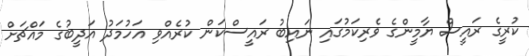
ކުރީގެ ރައީސް ޔާމީންގެ ވެރިކަމުގައި ނައިބު ރައީސްކަން ކުރެއްވި އަހުމަދު އަދީބުގެ މައްޗަށް